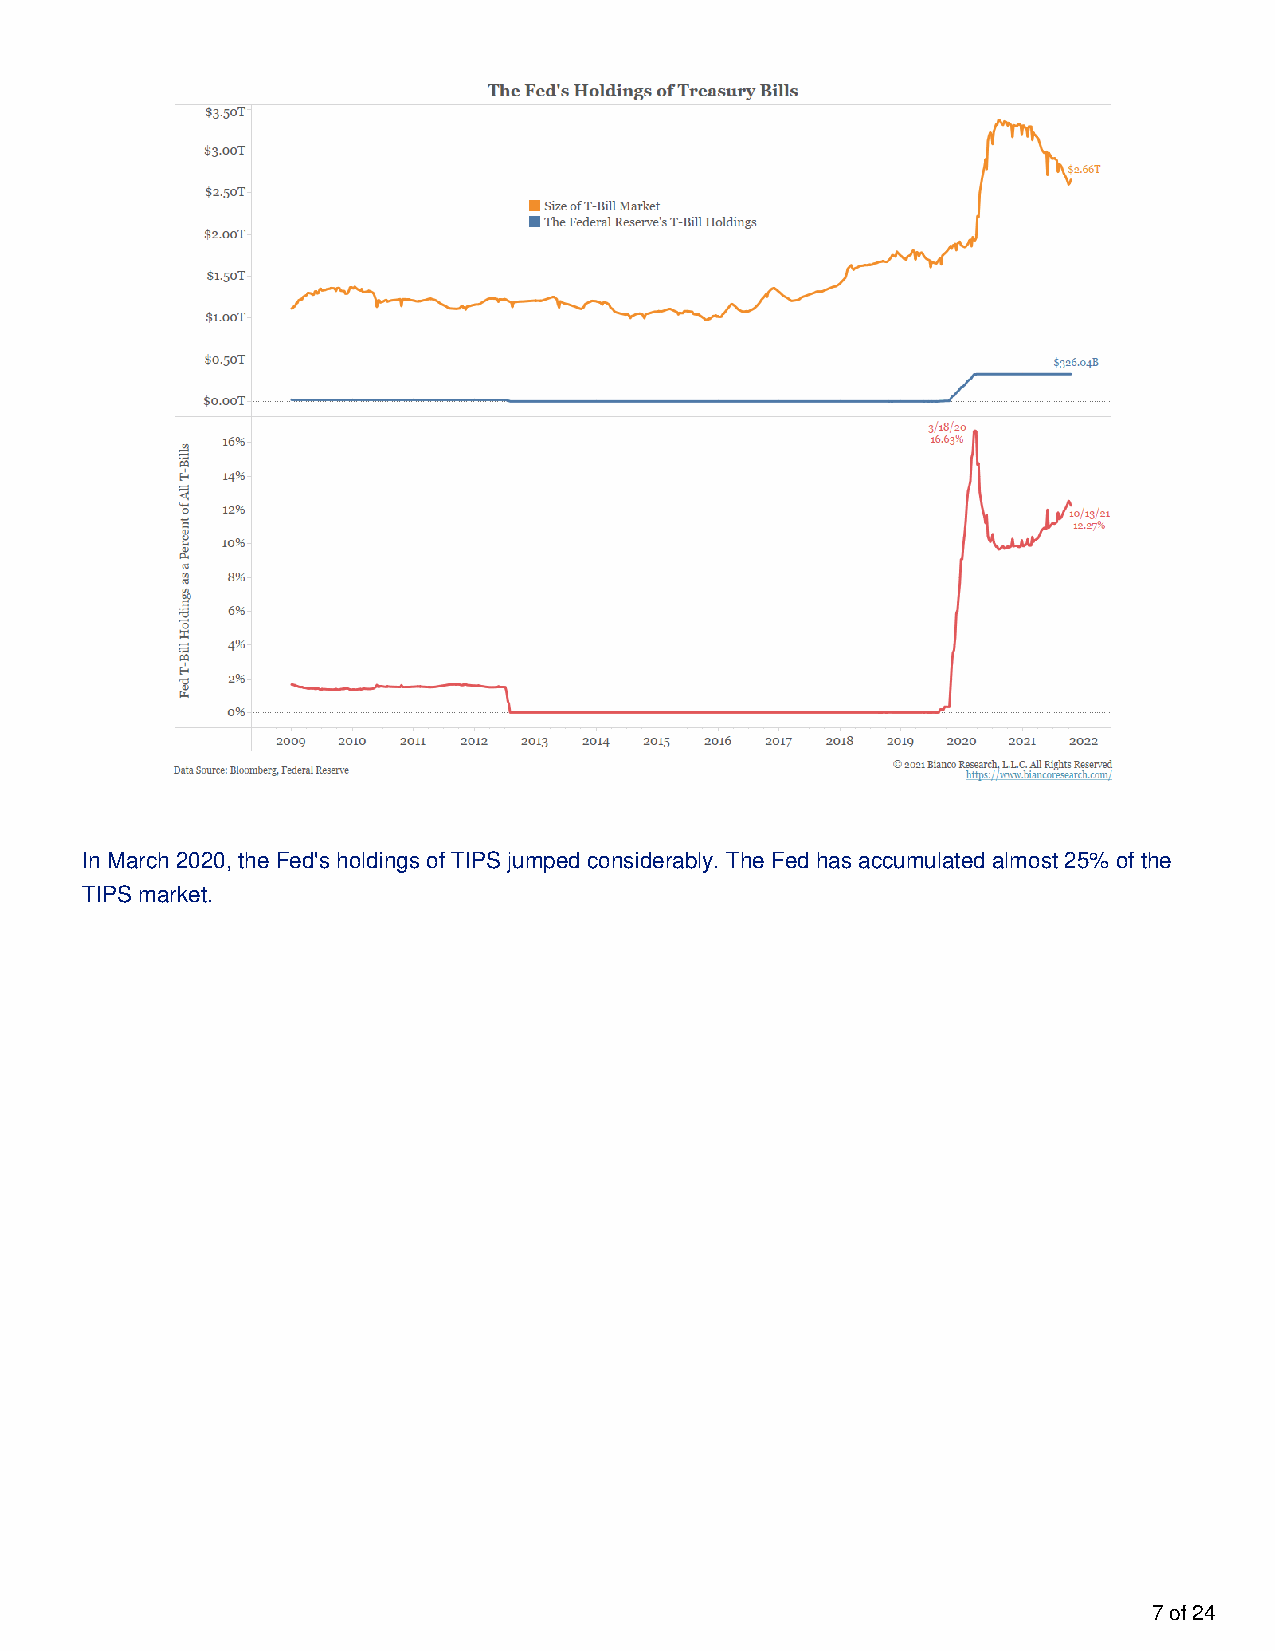
In March 2020, the Fed's holdings of TIPS jumped considerably. The Fed has accumulated almost 25% of the
 TIPS market.
 7 of 24